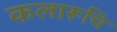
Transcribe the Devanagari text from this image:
कलारूचि